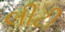
લીટી